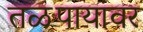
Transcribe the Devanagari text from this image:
तळपायावर